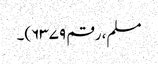
مسلم، رقم ۶۳۷۹)۔